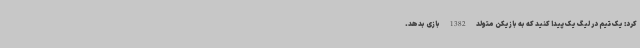
کرد: یک تیم در لیگ یک پیدا کنید که به بازیکن متولد 1382 بازی بدهد.